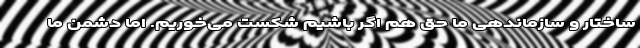
ساختار و سازماندهی ما حق هم اگر باشیم شکست می‌خوریم. اما دشمن ما